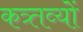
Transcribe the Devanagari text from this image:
कत्र्तव्यों